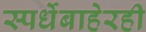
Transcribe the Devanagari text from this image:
स्पर्धेबाहेरही